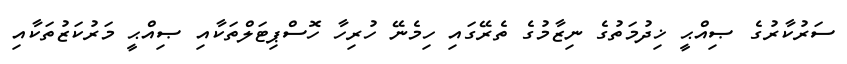
ސަރުކާރުގެ ޞިއްޙީ ޚިދުމަތުގެ ނިޒާމުގެ ތެރޭގައި ހިމެނޭ ހުރިހާ ހޮސްޕިޓަލްތަކާއި ޞިއްޙީ މަރުކަޒުތަކާއި